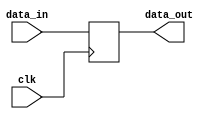
module register (
    input clk,
    input [7:0] data_in,
    output reg [7:0] data_out
);

reg [7:0] stored_data;

always @(posedge clk) begin
    stored_data <= data_in;
end

assign data_out = stored_data;

endmodule